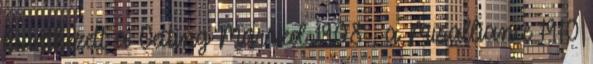
következett a Getting Married 1908 , a Misalliance 1910